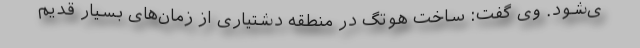
ی‌شود. وی گفت: ساخت هوتِگ در منطقه دشتیاری از زمان‌های بسیار قدیم